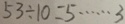
5 3 \div 1 0 = 5 \cdots 3